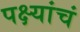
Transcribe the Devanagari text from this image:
पक्ष्यांचं